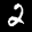
Label: 2